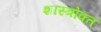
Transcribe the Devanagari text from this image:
शास्‍त्रोक्‍त